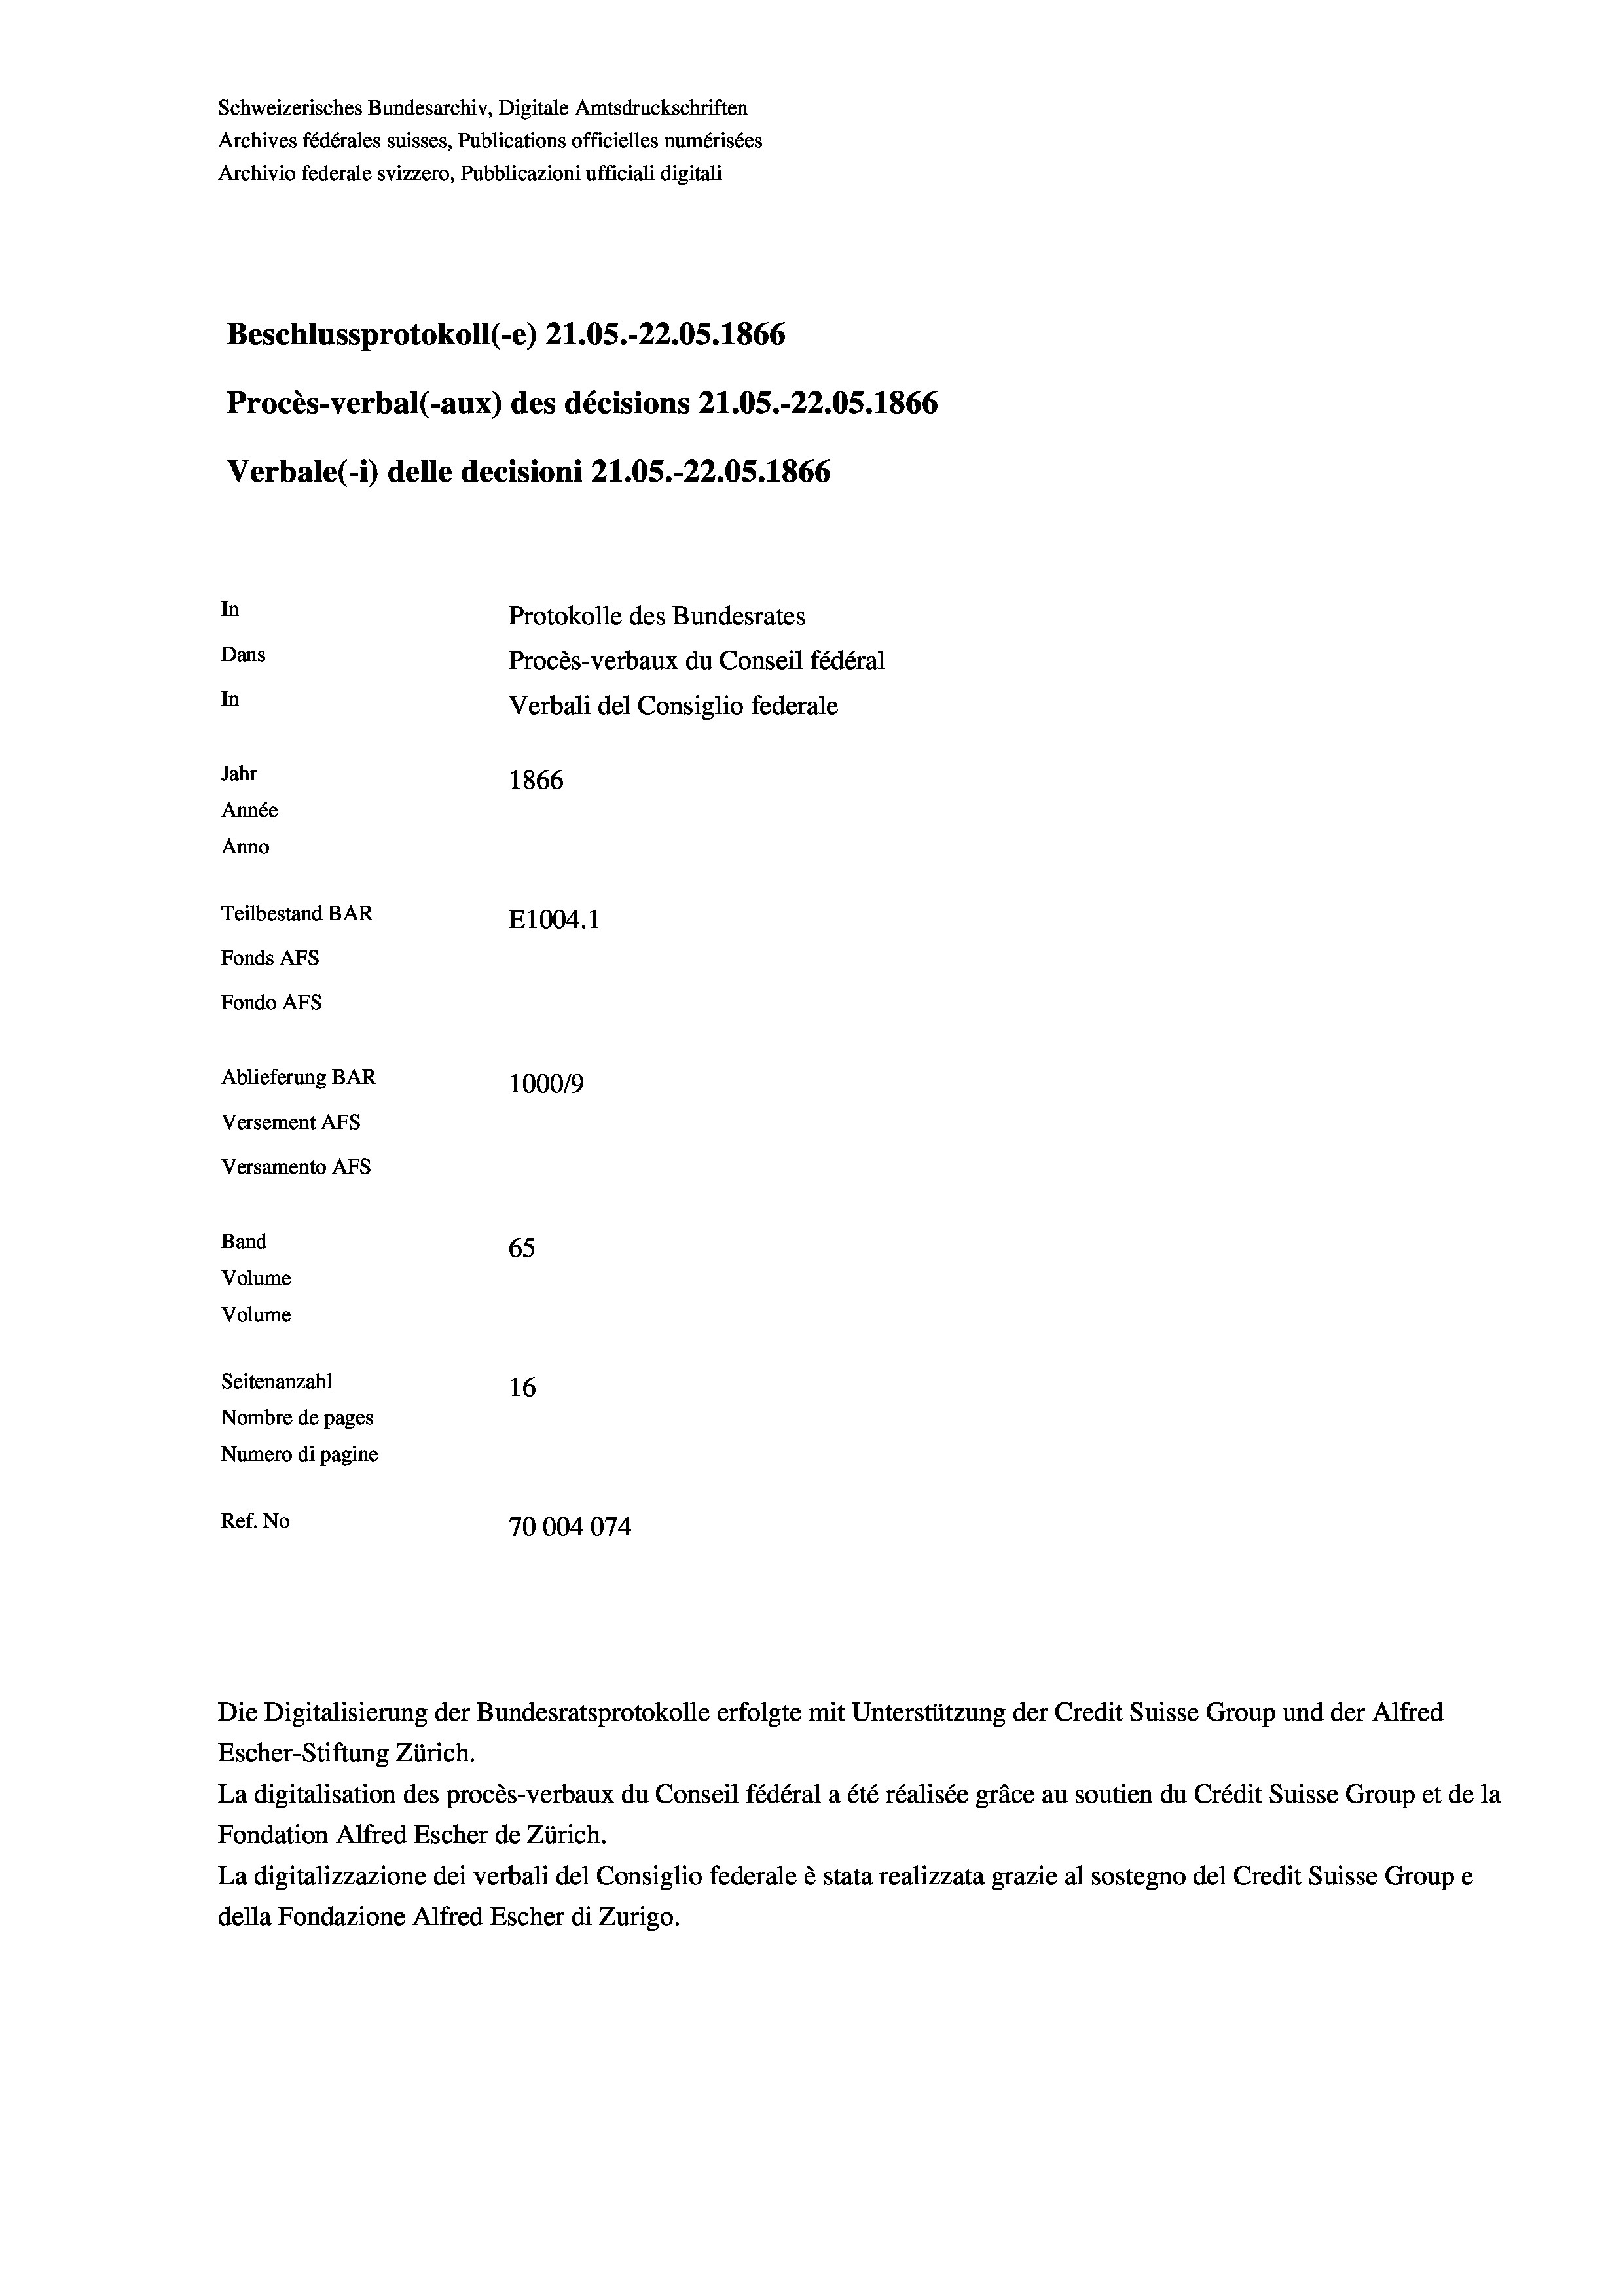
Schweizerisches Bundesarchiv, Digitale Amtsdruckschriften
Archives fédérales suisses, Publications officielles numérisées
Archivio federale svizzero, Pubblicazioni ufficiali digitali
Beschlussprotokoll (-e) 21.05.-22.05. 1866
Procès-verbal (-aux) des décisions Z1.05.-22.05. 1866
Verbale (- 1) delle decisioni 21.05.-22.05. 1866
In
Protokolle des Bundesrates
Dans
Procès-verbaux du Conseil fédéral
In
Verbali del Consiglio federale
Jahr
1866
Année
Anno
Teilbestand BAR
E1004.1
Fonds AFs
Fondo Afs
Ablieferung BAR
100019
Versement AFs
Versamento AFs
Band
65

Volume
Volume

Seitenanzahl
16
Nombre de pages
Numero di pagine
Ref. No
70004074

Escher-Stiftung Zürich.
La digitalisation des procès-verbaux du Conseil fédéral a été réalisée gräce au soutien du Crédit Suisse Group et de la
Fondation Alfred Escher de Zürich.
La digitalizzazione dei verbali del Consiglio federale è stata realizzata grazie al sostegno del Credit Suisse Groupe
della Fondazione Alfred Escher di Zurigo.

Die Digitalisierung der Bundesratsprotokolle erfolgte mit Unterstützung der Credit Suisse Group und der Alfred